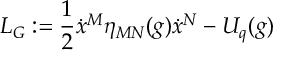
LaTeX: L _ { G } : = \frac { 1 } { 2 } \dot { x } ^ { M } \eta _ { M N } ( g ) \dot { x } ^ { N } - U _ { q } ( g )